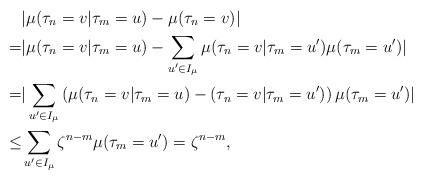
LaTeX: \begin{align*}& |\mu(\tau_{n}=v | \tau_{m}=u)- \mu(\tau_{n}=v)| \\=&|\mu(\tau_{n}=v | \tau_{m}=u)- \sum_{u'\in I_{\mu}} \mu(\tau_{n}=v | \tau_{m}=u') \mu(\tau_{m}=u')| \\=&|\sum_{u'\in I_{\mu}} \left ( \mu(\tau_{n}=v | \tau_{m}=u)-(\tau_{n}=v | \tau_{m}=u') \right ) \mu(\tau_{m}=u')|\\\leq & \sum_{u'\in I_{\mu}} \zeta^{n-m} \mu(\tau_{m}=u')= \zeta^{n-m},\end{align*}